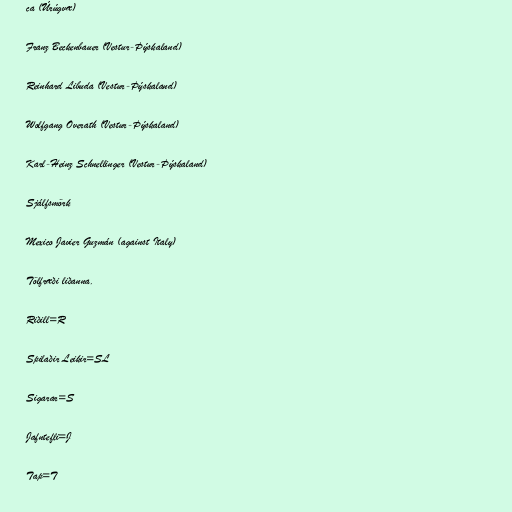
ca (Úrúgvæ)

Franz Beckenbauer (Vestur-Þýskaland)

Reinhard Libuda (Vestur-Þýskaland)

Wolfgang Overath (Vestur-Þýskaland)

Karl-Heinz Schnellinger (Vestur-Þýskaland)

Sjálfsmörk

Mexico Javier Guzmán (against Italy)

Tölfræði liðanna.

Riðill=R

Spilaðir Leikir=SL

Sigarar=S

Jafntefli=J

Tap=T